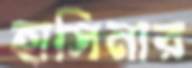
হাসিনার